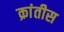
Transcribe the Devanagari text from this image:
क्रांतीस